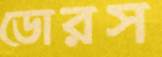
ডোরস